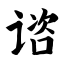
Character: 谘